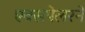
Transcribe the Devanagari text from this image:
एक्सपेलरने